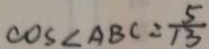
\cos < A B C = \frac { 5 } { 1 3 }